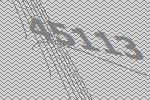
45113